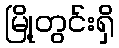
မြို့တွင်းရှိ